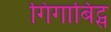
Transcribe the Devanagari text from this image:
गिगाबिट्स